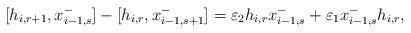
LaTeX: \begin{align*}[h_{i, r+1}, x_{i-1, s}^{-}] - [h_{i, r}, x_{i-1, s+1}^{-}] = \varepsilon_2 h_{i, r} x_{i-1, s}^{-} + \varepsilon_1 x_{i-1, s}^{-} h_{i, r}, \end{align*}